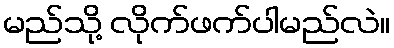
မည်သို့ လိုက်ဖက်ပါမည်လဲ။